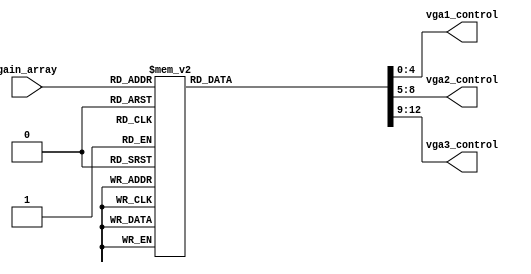
module mapping_function(
	input [5:0] gain_array,
	output reg [4:0] vga1_control,
	output reg [3:0] vga2_control,
	output reg [3:0] vga3_control
	);

always @(*) begin : proc_mapping
	vga1_control = 5'b10010;
	vga2_control = 4'b1010;
	vga3_control = 4'b1010;
	case(gain_array)
		6'd38: begin
			vga1_control = 5'd18;
			vga2_control = 4'd10;
			vga3_control = 4'd10;
		end
		6'd37: begin
			vga1_control = 5'd17;
			vga2_control = 4'd10;
			vga3_control = 4'd10;
		end
		6'd36: begin
			vga1_control = 5'd16;
			vga2_control = 4'd10;
			vga3_control = 4'd10;
		end
		6'd35: begin
			vga1_control = 5'd15;
			vga2_control = 4'd10;
			vga3_control = 4'd10;
		end
		6'd34: begin
			vga1_control = 5'd14;
			vga2_control = 4'd10;
			vga3_control = 4'd10;
		end
		6'd33: begin
			vga1_control = 5'd13;
			vga2_control = 4'd10;
			vga3_control = 4'd10;
		end
		6'd32: begin
			vga1_control = 5'd12;
			vga2_control = 4'd10;
			vga3_control = 4'd10;
		end
		6'd31: begin
			vga1_control = 5'd11;
			vga2_control = 4'd10;
			vga3_control = 4'd10;
		end
		6'd30: begin
			vga1_control = 5'd10;
			vga2_control = 4'd10;
			vga3_control = 4'd10;
		end
		6'd29: begin
			vga1_control = 5'd9;
			vga2_control = 4'd10;
			vga3_control = 4'd10;
		end
		6'd28: begin
			vga1_control = 5'd8;
			vga2_control = 4'd10;
			vga3_control = 4'd10;
		end
		6'd27: begin
			vga1_control = 5'd7;
			vga2_control = 4'd10;
			vga3_control = 4'd10;
		end
		6'd26: begin
			vga1_control = 5'd6;
			vga2_control = 4'd10;
			vga3_control = 4'd10;
		end
		6'd25: begin
			vga1_control = 5'd5;
			vga2_control = 4'd10;
			vga3_control = 4'd10;
		end
		6'd24: begin
			vga1_control = 5'd4;
			vga2_control = 4'd10;
			vga3_control = 4'd10;
		end
		6'd23: begin
			vga1_control = 5'd3;
			vga2_control = 4'd10;
			vga3_control = 4'd10;
		end
		6'd22: begin
			vga1_control = 5'd2;
			vga2_control = 4'd10;
			vga3_control = 4'd10;
		end
		6'd21: begin
			vga1_control = 5'd1;
			vga2_control = 4'd10;
			vga3_control = 4'd10;
		end
		6'd20: begin
			vga1_control = 5'd0;
			vga2_control = 4'd10;
			vga3_control = 4'd10;
		end
		6'd19: begin
			vga1_control = 5'd0;
			vga2_control = 4'd9;
			vga3_control = 4'd10;
		end
		6'd18: begin
			vga1_control = 5'd0;
			vga2_control = 4'd8;
			vga3_control = 4'd10;
		end
		6'd17: begin
			vga1_control = 5'd0;
			vga2_control = 4'd7;
			vga3_control = 4'd10;
		end
		6'd16: begin
			vga1_control = 5'd0;
			vga2_control = 4'd6;
			vga3_control = 4'd10;
		end
		6'd15: begin
			vga1_control = 5'd0;
			vga2_control = 4'd5;
			vga3_control = 4'd10;
		end
		6'd14: begin
			vga1_control = 5'd0;
			vga2_control = 4'd4;
			vga3_control = 4'd10;
		end
		6'd13: begin
			vga1_control = 5'd0;
			vga2_control = 4'd3;
			vga3_control = 4'd10;
		end
		6'd12: begin
			vga1_control = 5'd0;
			vga2_control = 4'd2;
			vga3_control = 4'd10;
		end
		6'd11: begin
			vga1_control = 5'd0;
			vga2_control = 4'd1;
			vga3_control = 4'd10;
		end
		6'd10: begin
			vga1_control = 5'd0;
			vga2_control = 4'd0;
			vga3_control = 4'd10;
		end
		6'd9: begin
			vga1_control = 5'd0;
			vga2_control = 4'd0;
			vga3_control = 4'd9;
		end
		6'd8: begin
			vga1_control = 5'd0;
			vga2_control = 4'd0;
			vga3_control = 4'd8;
		end
		6'd7: begin
			vga1_control = 5'd0;
			vga2_control = 4'd0;
			vga3_control = 4'd7;
		end
		6'd6: begin
			vga1_control = 5'd0;
			vga2_control = 4'd0;
			vga3_control = 4'd6;
		end
		6'd5: begin
			vga1_control = 5'd0;
			vga2_control = 4'd0;
			vga3_control = 4'd5;
		end
		6'd4: begin
			vga1_control = 5'd0;
			vga2_control = 4'd0;
			vga3_control = 4'd4;
		end
		6'd3: begin
			vga1_control = 5'd0;
			vga2_control = 4'd0;
			vga3_control = 4'd3;
		end
		6'd2: begin
			vga1_control = 5'd0;
			vga2_control = 4'd0;
			vga3_control = 4'd2;
		end
		6'd1: begin
			vga1_control = 5'd0;
			vga2_control = 4'd0;
			vga3_control = 4'd1;
		end
		6'd0: begin
			vga1_control = 5'd0;
			vga2_control = 4'd0;
			vga3_control = 4'd0;
		end
		default: begin
			vga1_control = 5'b10010;
			vga2_control = 4'b1010;
			vga3_control = 4'b1010;
		end
	endcase // gain_array
end
endmodule // mapping_function